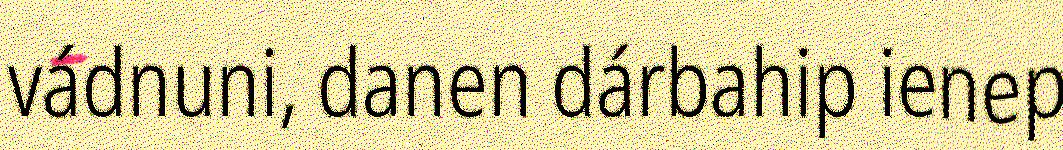
vádnuni, danen dárbahip ienep